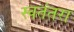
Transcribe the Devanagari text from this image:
स्वतंतरा